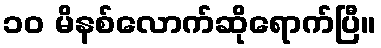
၁၀ မိနစ်လောက်ဆိုရောက်ပြီ။